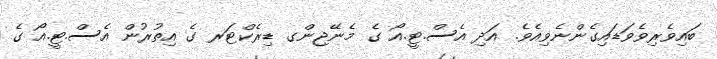
ބައިވެރިވެވަޑައިގެންނެވިއެވެ. އަދި އެސް.ޓީ.އޯ ގެ މެނޭޖިންގ ޑިރެކްޓަރ ގެ އިތުރުން އެސް.ޓީ.އޯ ގެ